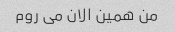
من همین الان می روم